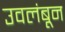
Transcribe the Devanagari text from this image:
उवलंबून